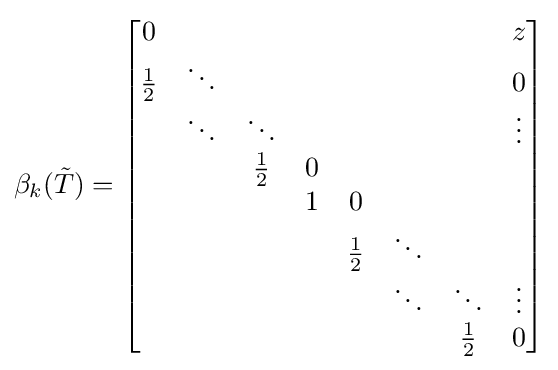
\beta _{k}({\tilde {T}})={\begin{bmatrix}0&\;&&&&\;&&z\\{\frac {1}{2}}&\ddots &&&&&&0\\\;&\ddots &\ddots &&&&&\vdots \\\;&\;&{\frac {1}{2}}&0&&\;&&\\&\;&&1&0&&&\\&&&\;&{\frac {1}{2}}&\ddots &&\;\\\;&&&&\;&\ddots &\ddots &\vdots \\\;&\;&&&\;&\;&{\frac {1}{2}}&0\end{bmatrix}}